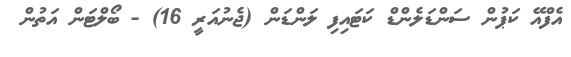
އެފްއޭ ކަޕުން ސަންޑަލެންޑް ކަޓައިފި ލަންޑަން (ޖެނުއަރީ 16) - ބޯލްޓަން އަތުން